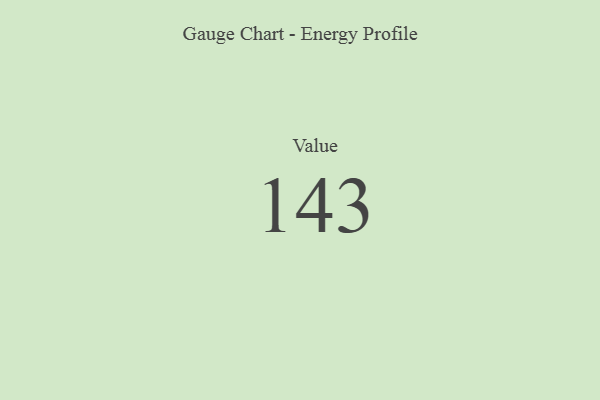
{"axis": {"x": "Metric", "y": "Value"}, "legend": [""], "data": [{"x": "Value", "y": 143, "type": ""}]}